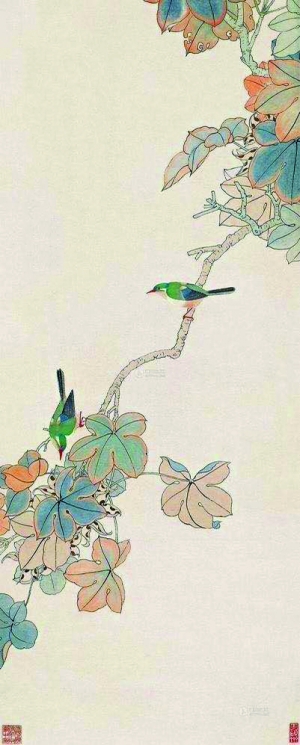
还作一段相思，冷波叶舞愁红，送人双桨。